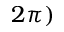
2 \pi )